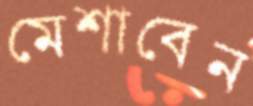
মেশাবেন